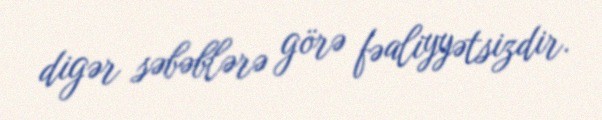
digər səbəblərə görə fəaliyyətsizdir.